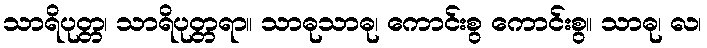
သာရိပုတ္တ၊ သာရိပုတ္တရာ။ သာဓုသာဓု၊ ကောင်းစွ ကောင်းစွ။ သာဓု၊ လ၊